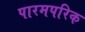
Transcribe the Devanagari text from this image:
पारमपरिक